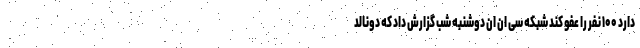
دارد ۱۰۰ نفر را عفو کند شبکه سی ان ان دوشنبه شب گزارش داد که دونالد